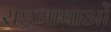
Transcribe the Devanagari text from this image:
राष्ट्रभाषाओं